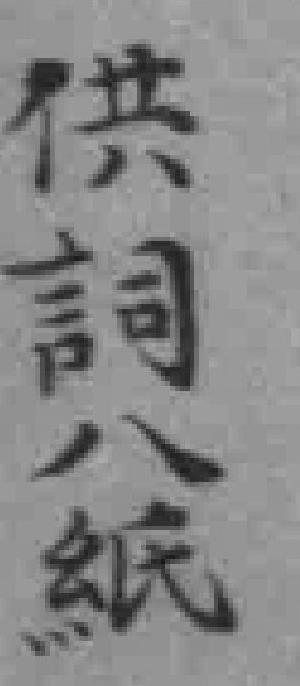
供詞八紙